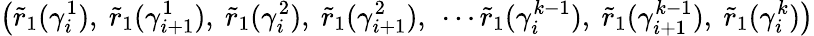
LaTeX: \bigl(\widetilde{r}_{1}(\gamma_{i}^{1}),\ \widetilde{r}_{1}(\gamma_{i+1}^{1}),\ \widetilde{r}_{1}(\gamma_{i}^{2}),\ \widetilde{r}_{1}(\gamma_{i+1}^{2}),\ \cdots\widetilde{r}_{1}(\gamma_{i}^{k-1}),\ \widetilde{r}_{1}(\gamma_{i+1}^{k-1}),\ \widetilde{r}_{1}(\gamma_{i}^{k})\bigr)